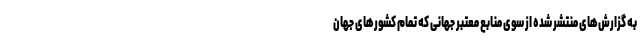
به گزارش‌های منتشر شده از سوی منابع معتبر جهانی که تمام کشورهای جهان